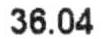
36.04